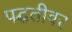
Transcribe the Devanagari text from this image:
पद्घतीवर